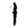
Digit: 1